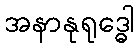
အနာနုရုဒ္ဓေါ